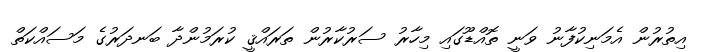
އިތުރުން އެމަނިކުފާނު ވަނީ ތޮއްޑޫގައި މިހާރު ސަރުކާރުން ތަރައްޤީ ކުރަމުންދާ ބަނދަރުގެ މަސައްކަތް